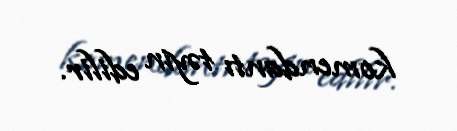
komendantı təyin edilir.